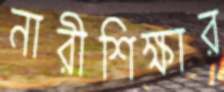
নারীশিক্ষার